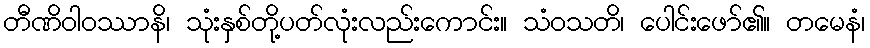
တီဏိဝါဝဿာနိ၊ သုံးနှစ်တို့ပတ်လုံးလည်းကောင်း။ သံဝသတိ၊ ပေါင်းဖော်၏။ တမေနံ၊